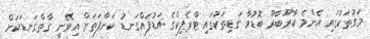
މަގުތަކުގައި އެންމެ ކާރޫބާރޫ ބޮޑުވާ ގަޑިތަކުގައި ޓްރެފިކްގެ އަޑުފައްގަނޑު ކަންފަތަށް އިވޭނީ ގާތްގަނޑަކަށް